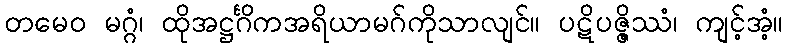
တမေဝ မဂ္ဂံ၊ ထိုအဋ္ဌင်္ဂိကအရိယာမဂ်ကိုသာလျင်။ ပဋိပဇ္ဇိဿံ၊ ကျင့်အံ့။